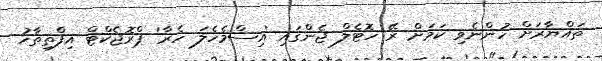
ތައްޔާރަށް ހުންނެވި ކަމަށް ރޭ ހޮޓެލް ޖެންގައި 'އިސްމެހެލަ ހެރާ' ޕްރޮޖެކްޓް އިފްތިތާހު